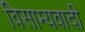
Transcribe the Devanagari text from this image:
विसाम्यवादी